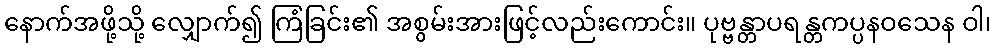
နောက်အဖို့သို့ လျှောက်၍ ကြံခြင်း၏ အစွမ်းအားဖြင့်လည်းကောင်း။ ပုဗ္ဗန္တာပရန္တကပ္ပနဝသေန ဝါ၊